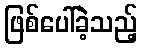
ဖြစ်ပေါ်ခဲ့သည့်